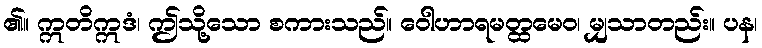
၏။ ဣတိဣဒံ၊ ဤသို့သော စကားသည်။ ဝေါဟာရမတ္ထမေဝ၊ မျှသာတည်း။ ပန၊